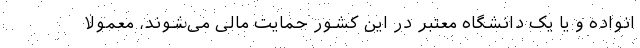
انواده و یا یک دانشگاه معتبر در این کشور حمایت مالی می‌شوند، معمولا